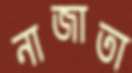
নাজাতা